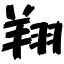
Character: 翔